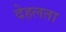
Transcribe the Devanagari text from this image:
देहलता